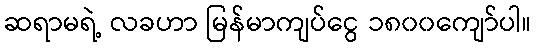
ဆရာမရဲ့ လခဟာ မြန်မာကျပ်ငွေ ၁၈၀၀ကျော်ပါ။